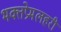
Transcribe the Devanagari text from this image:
भक्तप्रेमलहरी